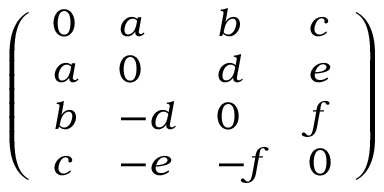
\left( \begin{array} { l l l l } { 0 } & { a } & { b } & { c } \\ { a } & { 0 } & { d } & { e } \\ { b } & { - d } & { 0 } & { f } \\ { c } & { - e } & { - f } & { 0 } \end{array} \right)